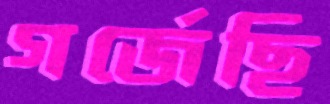
গর্জেছি